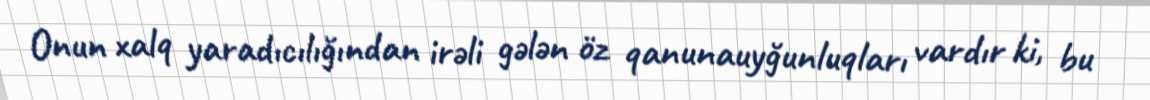
Onun xalq yaradıcılığından irəli gələn öz qanunauyğunluqları vardır ki, bu